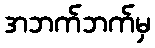
အဘက်ဘက်မှ